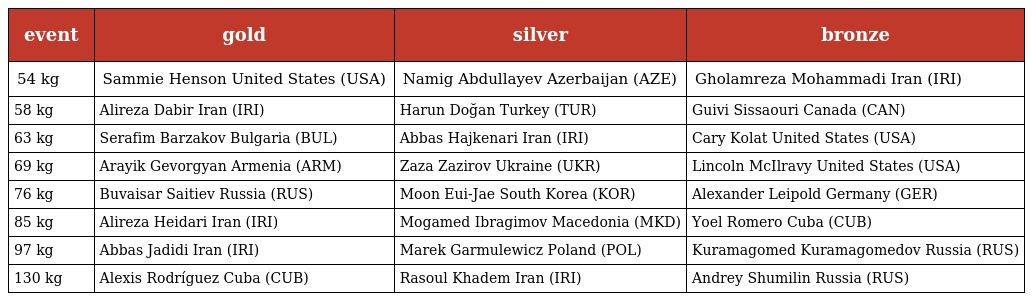
| event | gold | silver | bronze |
 | --- | --- | --- | --- |
 | 54 kg | Sammie Henson United States (USA) | Namig Abdullayev Azerbaijan (AZE) | Gholamreza Mohammadi Iran (IRI) |
 | 58 kg | Alireza Dabir Iran (IRI) | Harun Doğan Turkey (TUR) | Guivi Sissaouri Canada (CAN) |
 | 63 kg | Serafim Barzakov Bulgaria (BUL) | Abbas Hajkenari Iran (IRI) | Cary Kolat United States (USA) |
 | 69 kg | Arayik Gevorgyan Armenia (ARM) | Zaza Zazirov Ukraine (UKR) | Lincoln McIlravy United States (USA) |
 | 76 kg | Buvaisar Saitiev Russia (RUS) | Moon Eui-Jae South Korea (KOR) | Alexander Leipold Germany (GER) |
 | 85 kg | Alireza Heidari Iran (IRI) | Mogamed Ibragimov Macedonia (MKD) | Yoel Romero Cuba (CUB) |
 | 97 kg | Abbas Jadidi Iran (IRI) | Marek Garmulewicz Poland (POL) | Kuramagomed Kuramagomedov Russia (RUS) |
 | 130 kg | Alexis Rodríguez Cuba (CUB) | Rasoul Khadem Iran (IRI) | Andrey Shumilin Russia (RUS) |